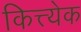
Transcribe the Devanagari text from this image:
कित्त्येक